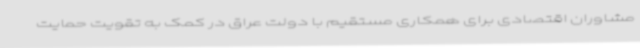
مشاوران اقتصادی برای همکاری مستقیم با دولت عراق در کمک به تقویت حمایت